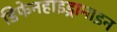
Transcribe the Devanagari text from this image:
डिफेनहाइड्रामाइन